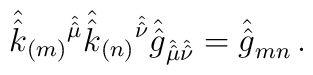
\hat{\hat{k}}_{(m)}{}^{\hat{\hat{\mu}}}\hat{\hat{k}}_{(n)}{}^{\hat{\hat{\nu}}}  \hat{\hat{g}}_{\hat{\hat{\mu}}\hat{\hat{\nu}}}= \hat{\hat{g}}_{mn}\, .